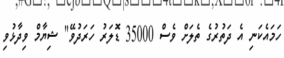
ހަމައެކަނި އެ ދަތުރުގެ ތެލަށް ވެސް 35000 ޑޮލަރު ހަރަދުވޭ" ޝިޔާމް ވިދާޅުވި